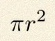
\pi r^2